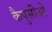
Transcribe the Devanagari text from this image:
कैपुसीओ